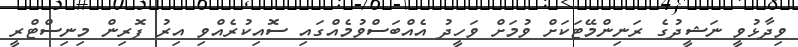
ވިދާޅުވީ ނަޝީދުގެ ރަނިންމޭޓަކަށް ވުމަށް ވަހީދު އެއްބަސްވުމެއްގައި ސޮއިކުރެއްވި އިރު ފޮރިން މިނިސްޓްރީ